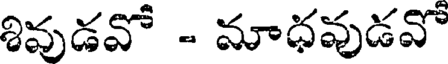
శివుడవో - మాధవుడవో